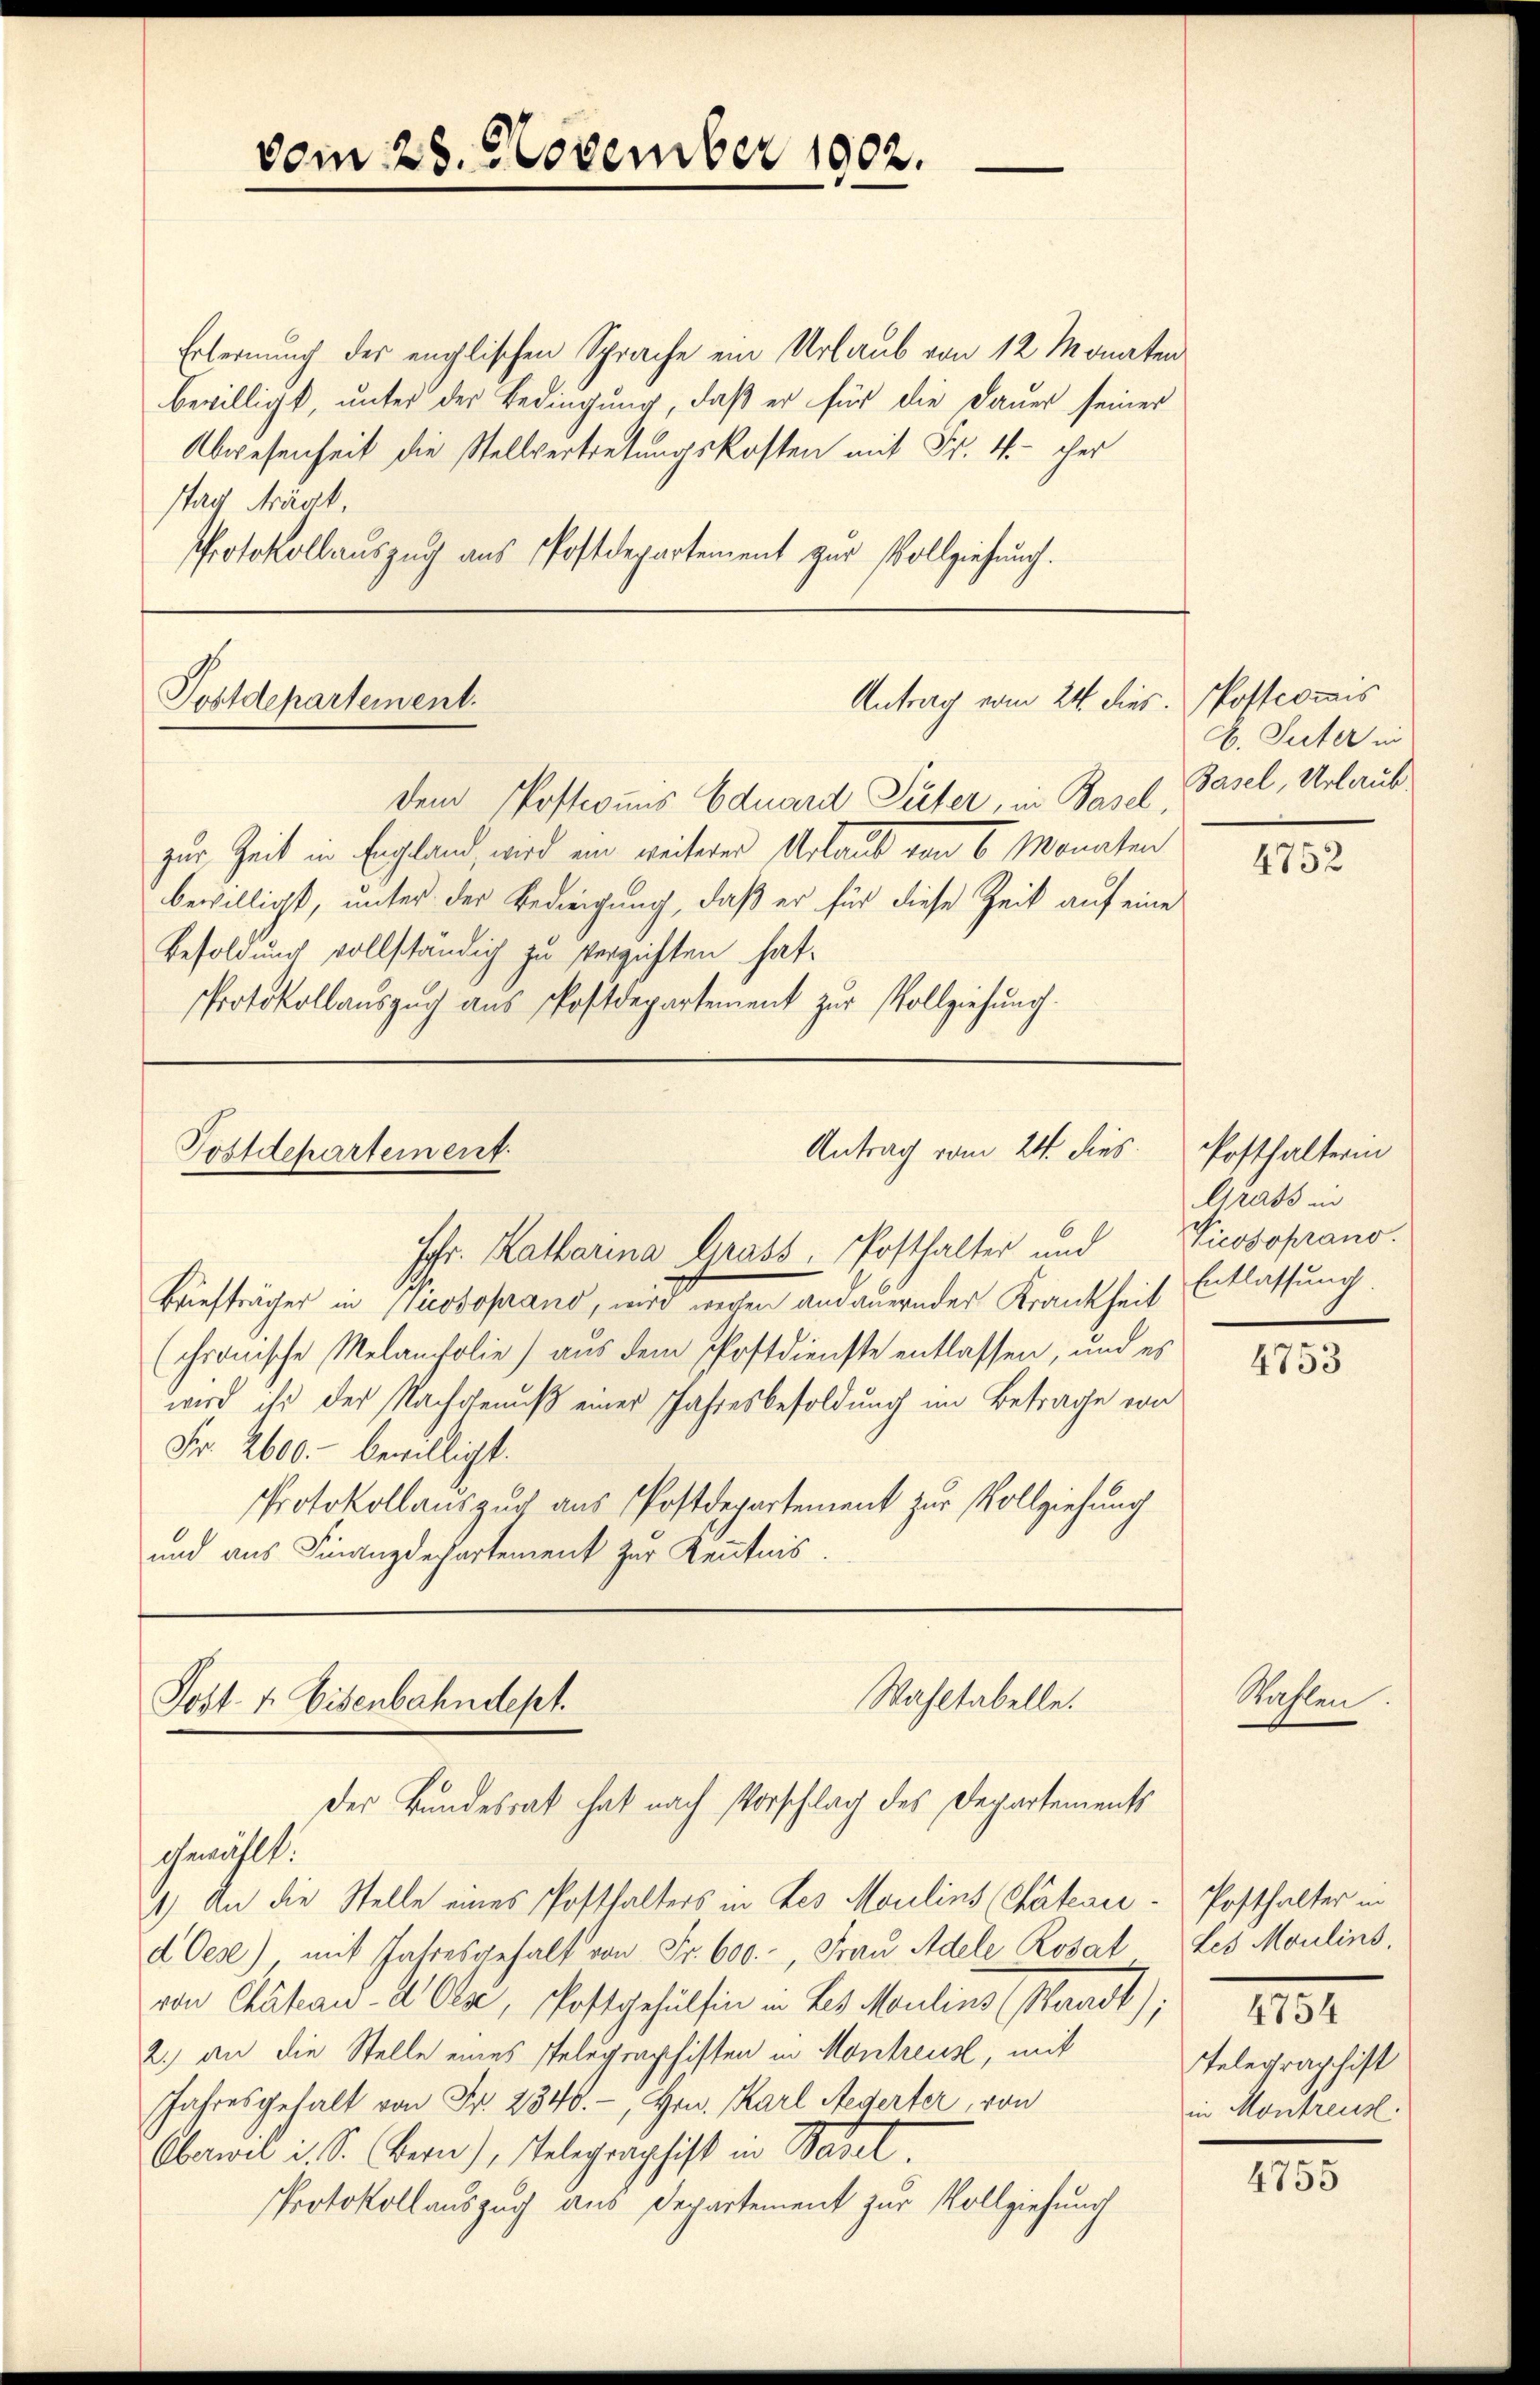
vom 28. November 1902.

Erlernung des englischen Sprache ein Urlaub von 12 Monaten
bewilligt, unter der Bedingung, daß er für die Dauer seiner
Abwesenheit die Stellvertretungskosten mit Fr. 4. her
stag Frägt.
Protokollauszug aus Postdepartement zur Vollziehung.

Antrag vom 24. dies. Postcommis
Postdepartement.

dem Postens Eduard Peter, in Basel, Basel, Urlaub
zur Zeit in England, wird ein weiterer Urlaub von 6 Monaten
bewilligt, unter der Bedingung, daß er für diese Zeit auf eine
Besoldung vollständig zu vergiften hat.
Protokollauszug aus Postdepartement zur Vollziehung.

Antrag vom 24. dies
Postdepartement

Johr. Katharina Grass, Posthalter und
Büefträger in Pissoprand, wird in andauernder Krankheit Entlassung.
(chronische Melancholie) aus dem Postdienste entlassen, und es
wird ihr der Nachgenuß einer Jahresbesoldung im Betrage von
Nr. 2600.- bewilligt.
PProtokollauszuch aus Postdepartement zur Vollziehung
und aus Finanzdechartement zur Kenntnis.

Wahltabelle.
Post- 1. Eisenbahndept.
der Bundesrat hat nach Vorschlag des Departements
chmählt.

4.) An die Stelle eines Posthalters in des Moulins (Chateau. Posthalter in
d Oese) mit Jahresgehalt von Fr. 600. Frau Adele Rosat Les Moulins,
von Catand 2 Olz, Postgehülfen in des Maulins (Waadt);
2.) an die Stelle eines Pelegraphisten in Montreus, mit
Jahresgehalt von Fr. 2340.-, Hrn. Karl Negerter, von
Oberwil i. S. Bern), Telegraphist in Basel
Protokollauszug aus Departement zur Vollziehung

C. Suter in

4752

Posthalterin
Grass in
Picosoprano.

4753

Stahlen

1131
Telegraphist
in Montreus

4755